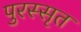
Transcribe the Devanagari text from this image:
पुरस्सृत